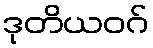
ဒုတိယဝဂ်